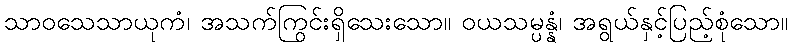
သာဝသေသာယုကံ၊ အသက်ကြွင်းရှိသေးသော။ ဝယသမ္ပန္နံ၊ အရွယ်နှင့်ပြည့်စုံသော။